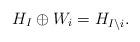
LaTeX: \begin{align*}H_{I}\oplus{W_{i}}=H_{I\backslash{i}}.\end{align*}